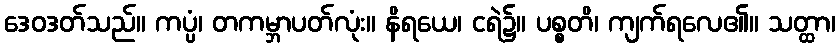
ဒေဝဒတ်သည်။ ကပ္ပံ၊ တကမ္ဘာပတ်လုံး။ နိရယေ၊ ငရဲ၌။ ပစ္စတိ၊ ကျက်ရလေ၏။ သတ္ထာ၊